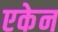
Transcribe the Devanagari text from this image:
एकेन